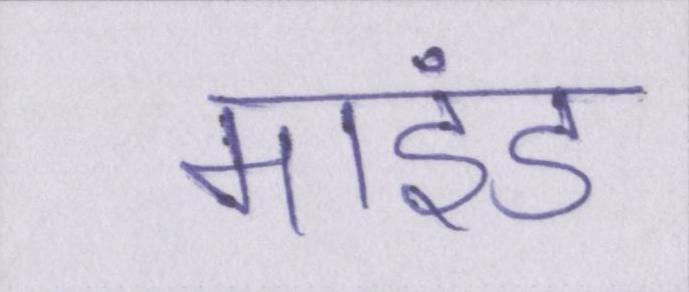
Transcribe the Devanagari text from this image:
माइंड